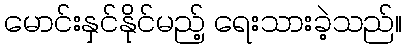
မောင်းနှင်နိုင်မည့် ရေးသားခဲ့သည်။